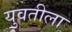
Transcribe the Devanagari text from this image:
युवतीला